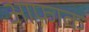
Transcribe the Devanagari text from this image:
आफाक